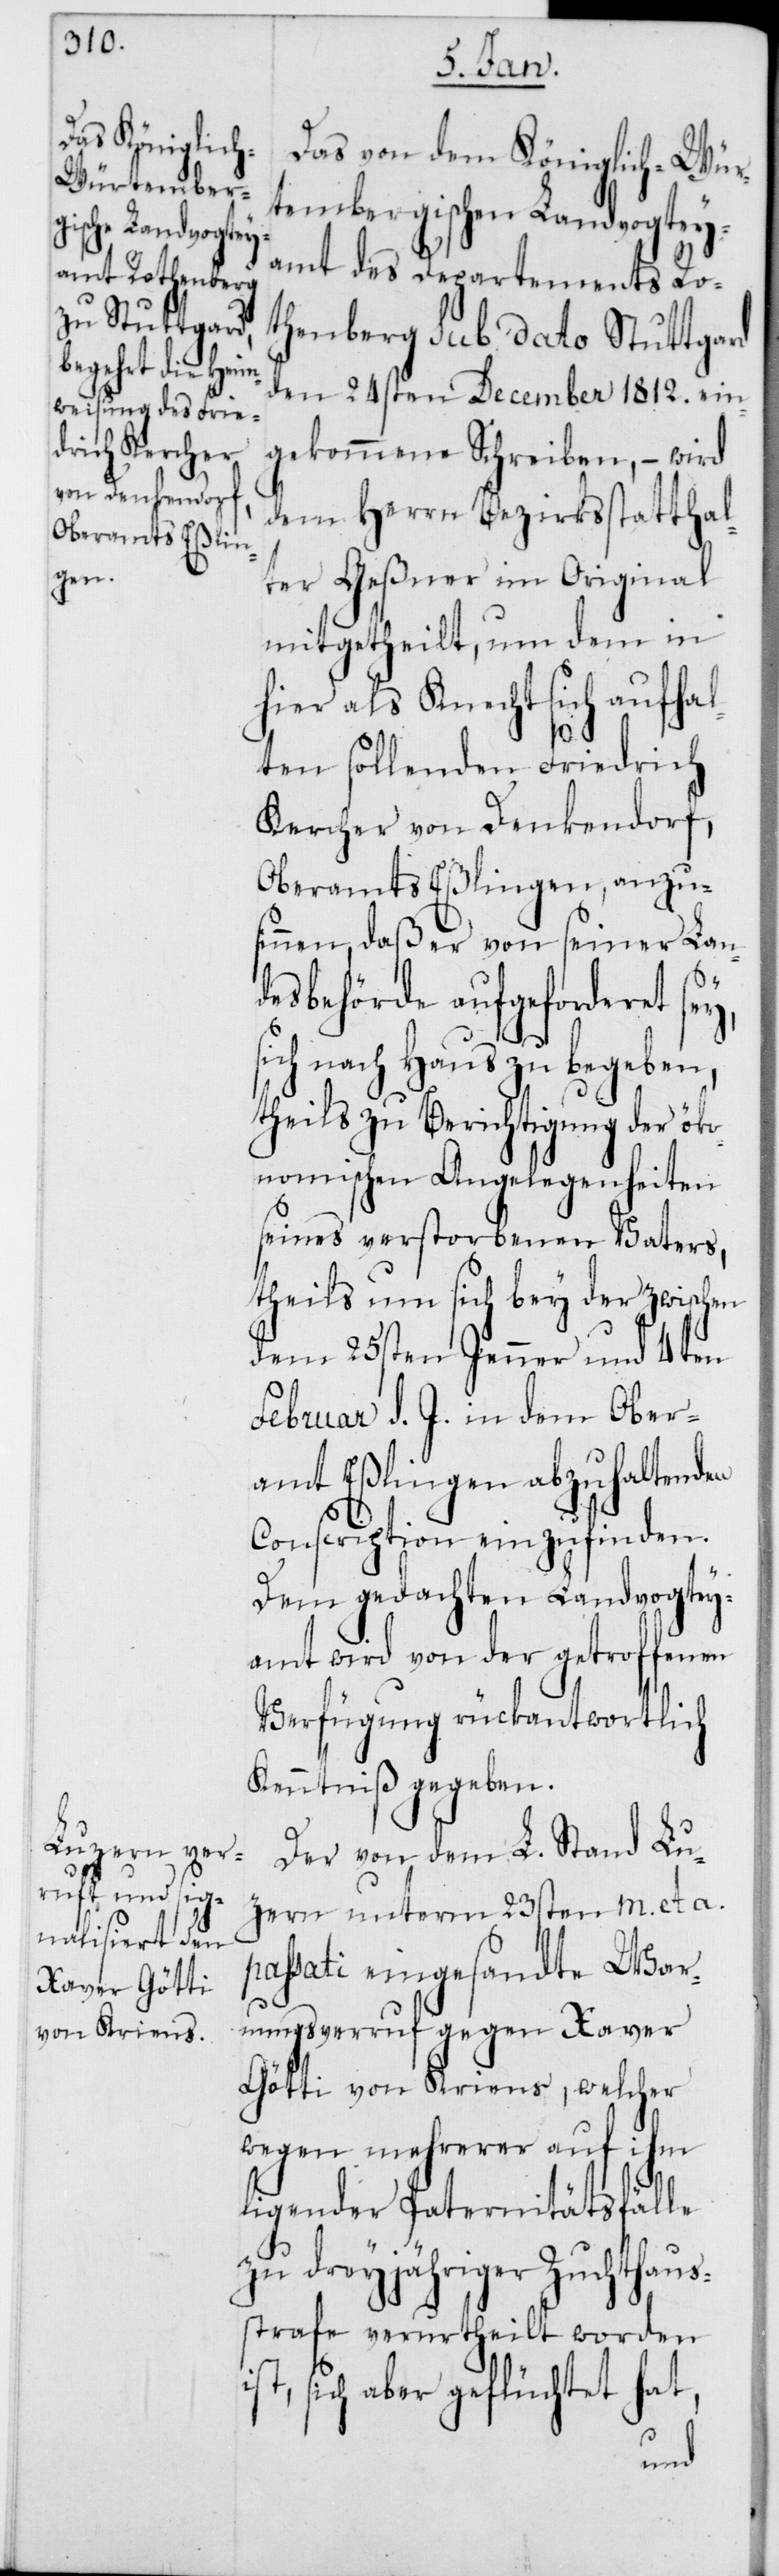
Das von dem Königlich-Wür¬
tembergischen Landvogtey¬
amt des Departements Ro¬
thenberg sub dato Stuttgard
den 24sten December 1812. ein¬
gekommene Schreiben, – wird
dem Herrn Bezirksstatthal¬
ter Geßner im Original
mitgetheilt, um dem in
hier als Knecht sich aufhal¬
ten sollenden Friedrich
Kercher von Denkendorf,
Oberamts Eßlingen, anzu¬
sinnen, daß er von seiner Lan¬
desbehörde aufgeforderet sey,
sich nach Hause zu begeben,
theils zu Berichtigung der öko¬
nomischen Angelegenheiten
seines verstorbenen Vaters,
theils um sich bey der zwischen
dem 25sten Jenner und 4ten
Februar d. J. in dem Ober¬
amt Eßlingen abzuhaltenden
Conscription einzufinden.
Dem gedachten Landvogtey¬
amt wird von der getroffenen
Verfügung rückantwortlich
Kenntniß gegeben.
Der von dem L. Stand Lu¬
zern unterm 23sten m. et a.
passati eingesandte Warn¬
ungsverruf gegen Xaver
Götti von Kriens, welcher
wegen mehrerer auf ihm
ligender Paternitätsfälle
zu dreyjähriger Zuchthaus¬
strafe verurtheilt worden
sich aber geflüchtet hat,